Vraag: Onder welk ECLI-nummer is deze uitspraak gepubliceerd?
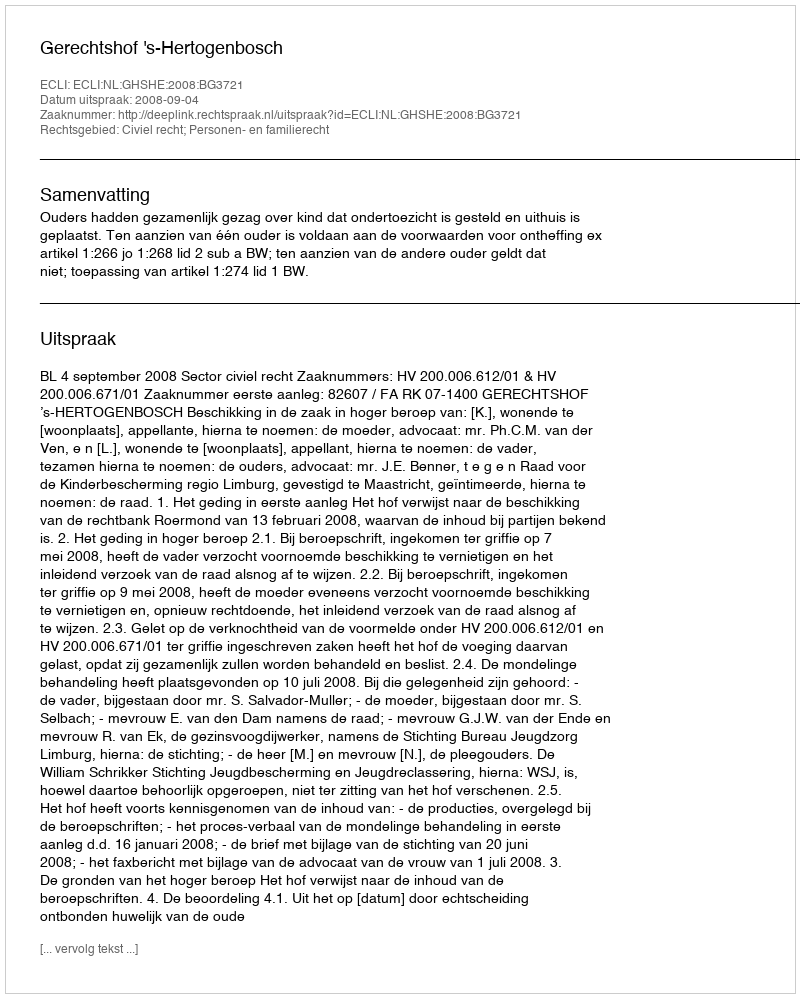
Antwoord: ECLI:NL:GHSHE:2008:BG3721